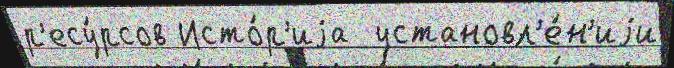
р'есу́рсов Исто́р'иjа  установл'е́н'иjи